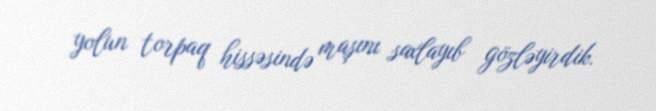
yolun torpaq hissəsində maşını saxlayıb gözləyirdik.